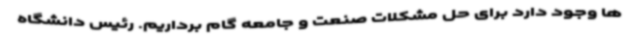
ها وجود دارد برای حل مشکلات صنعت و جامعه گام برداریم. رئیس دانشگاه